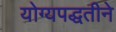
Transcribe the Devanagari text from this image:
योग्यपद्धतीने